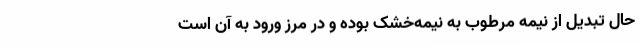
حال تبدیل از نیمه‌ مرطوب به نیمه‌خشک بوده و در مرز ورود به آن است